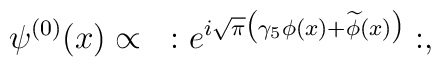
\psi^{(0)} (x)\propto ~:e^{i\sqrt{\pi}\bigl(\gamma_5 \phi (x)+\widetilde\phi(x)\bigr)}:,